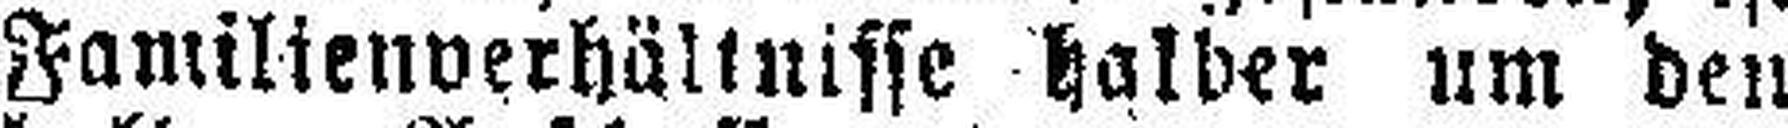
Familienverhältnisse halber um den